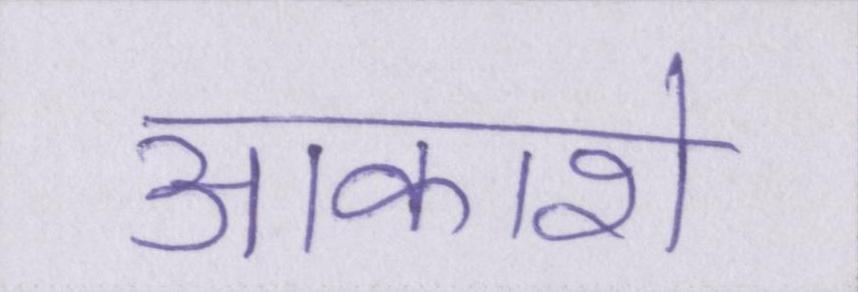
आकाशे